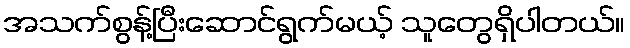
အသက်စွန့်ပြီးဆောင်ရွက်မယ့် သူတွေရှိပါတယ်။